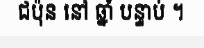
ជប៉ុន នៅ ឆ្នាំ បន្ទាប់ ។